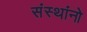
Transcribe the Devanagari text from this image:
संस्थांनो